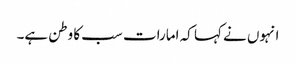
انہوں نے کہا کہ امارات سب کا وطن ہے۔